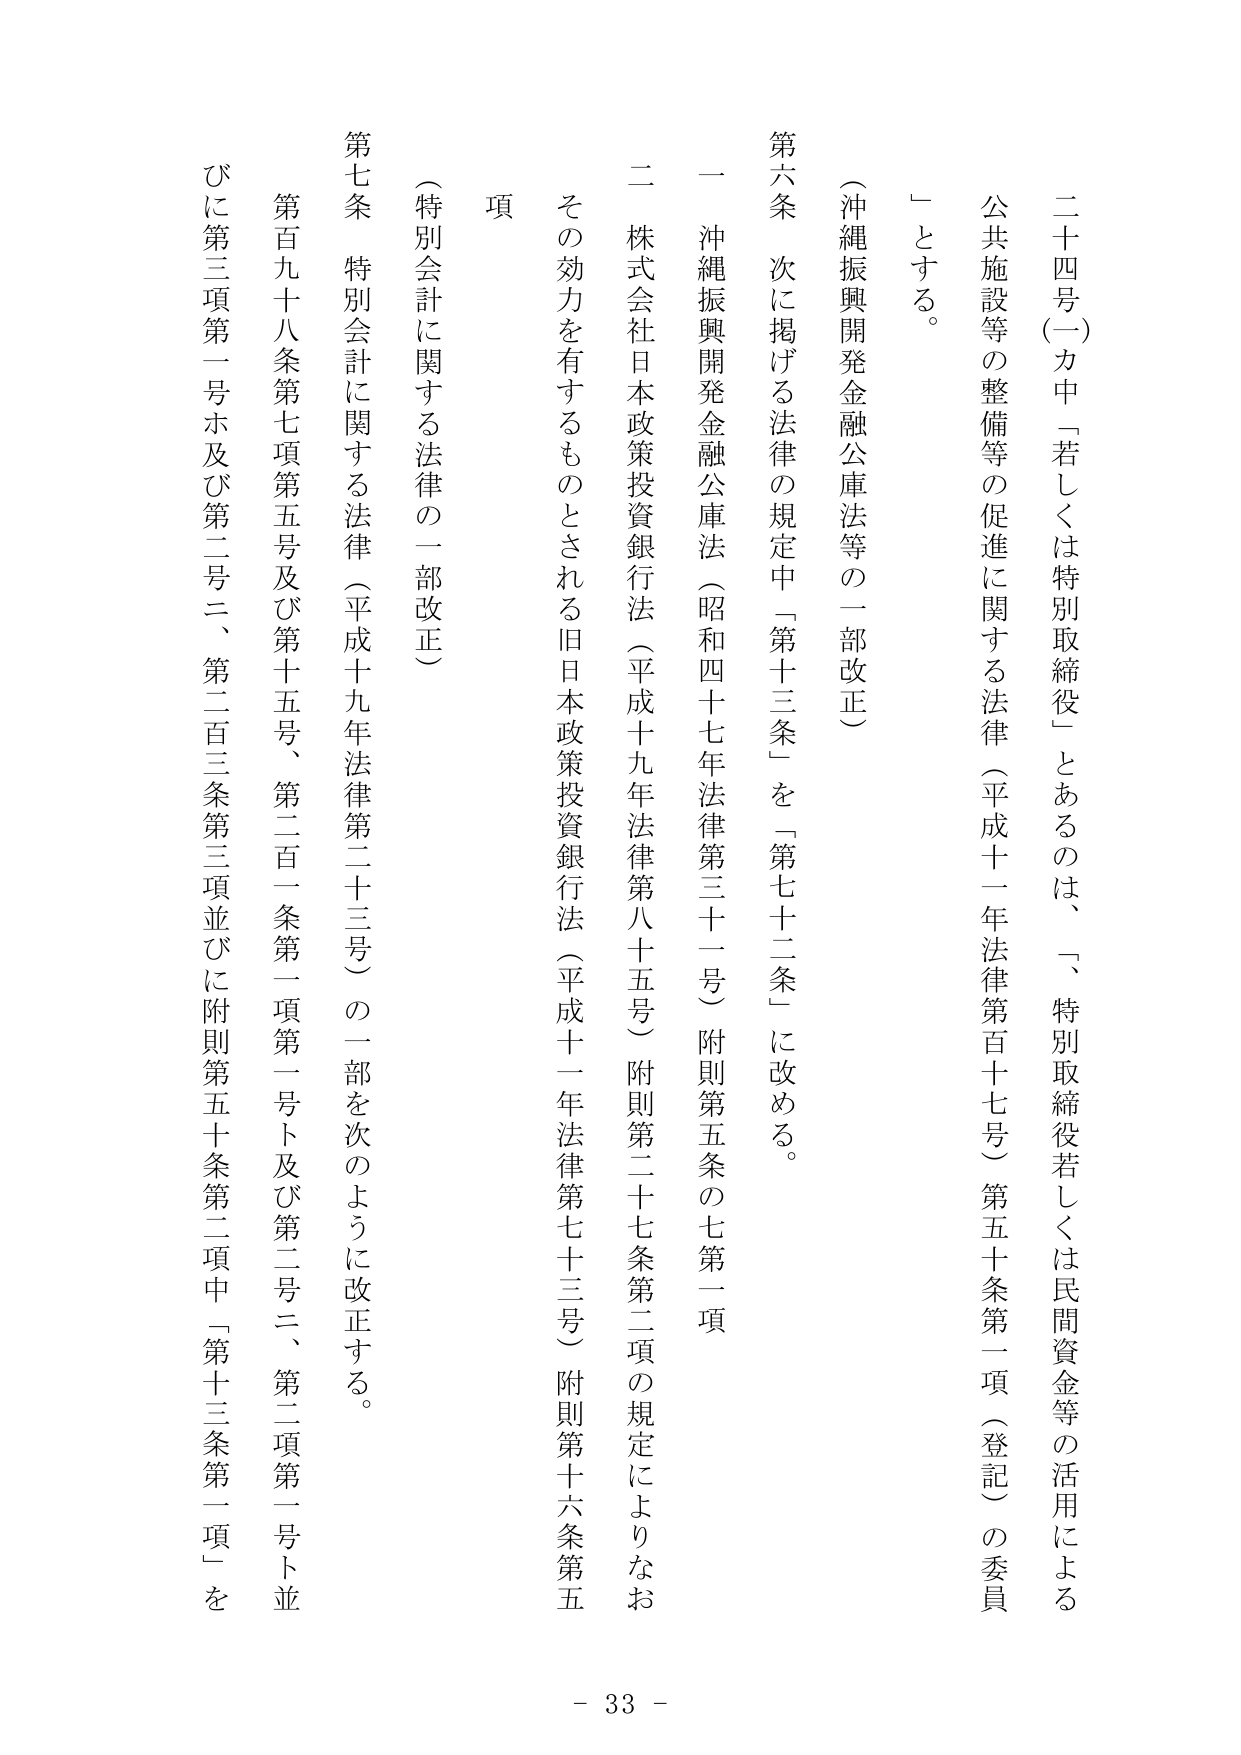
二十四号（一）力中「若しくは特別取締役」とあるのは、「、特別取締役若しくは民間資金等の活用による公共施設等の整備等の促進に関する法律（平成十一年法律第百十七号）第五十条第一項（登記）の委員」とする。

（沖縄振興開発金融公庫法等の一部改正）

第六条 次に掲げる法律の規定中「第十三条」を「第七十二条」に改める。

一 沖縄振興開発金融公庫法（昭和四十七年法律第三十一号）附則第五条の七第一項

二 株式会社日本政策投資銀行法（平成十九年法律第八十五号）附則第二十七条第二項の規定によりなおその効力を有するものとされる旧日本政策投資銀行法（平成十一年法律第七十三号）附則第十六条第五項

（特別会計に関する法律の一部改正）

第七条 特別会計に関する法律（平成十九年法律第二十三号）の一部を次のように改正する。

第百九十八条第七項第五号及び第十五号、第二百一条第一項第一号ト及び第二号ニ、第二項第一号ト並びに第三項第一号ホ及び第二号ニ、第二百三条第三項並びに附則第五十条第二項中「第十三条第一項」を

- 33 -